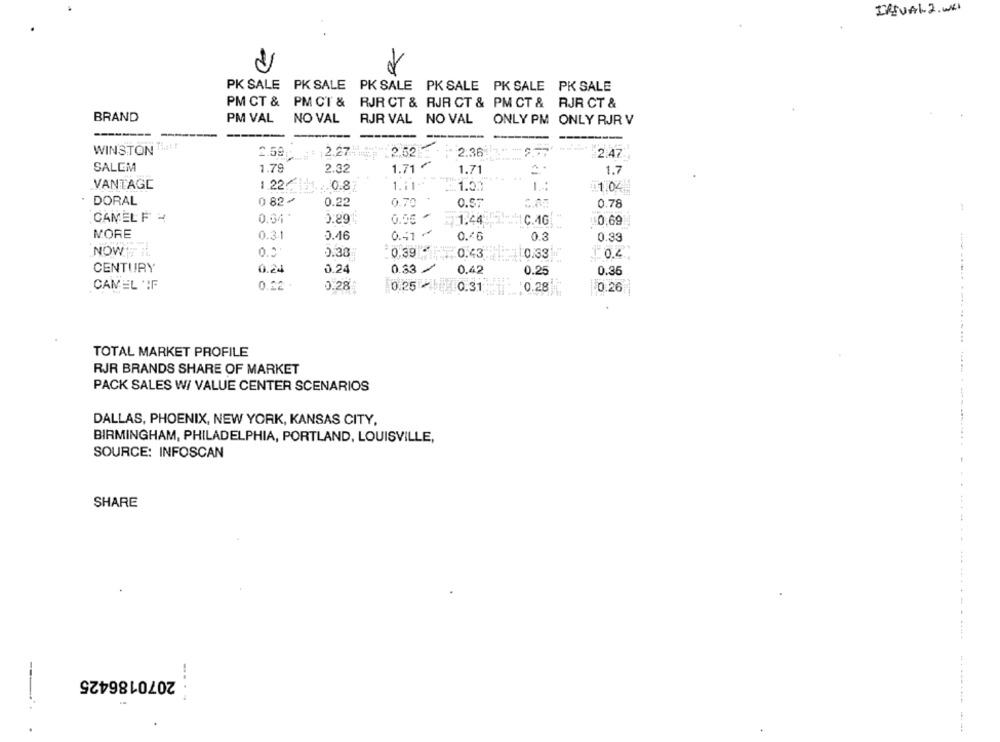
IRTUAL- 2.WHI
PK SALE PK SALE PK SALE PK SALE PK SALE PK SALE
PM CT & PM CT &
RJR CT & RJR CT & PM CT & RJR CT &
BRAND
NO VAL
PM VAL NO VAL RJR VAL NO VAL
ONLY PM ONLY RJR V
WINSTON That!
2.59
: 12.27
2.52
2:36
2.47
SALEM
1.79
2.32
1.71 ₾
1.71
1.7
... ..
VANTAGE
1.22~
.0.8
1.11+
1.21
1.02
0 82 -
. DORAL
0.22
0.70
0.57
0.78
CAMEL F =
0.29
0.55
1.44
C.46
$0.69
MORE
0.3.1
0.46
0.51
0.46
0.3
0.39
NOW
0.39
0.38
0.43
0.33|
CENTURY
0.24
0.24
0.33
0.42
0.25
0.36
CAMEL IF
0.22
0.28
0.25
0.31;
10.28
0.26
TOTAL MARKET PROFILE
RJR BRANDS SHARE OF MARKET
PACK SALES W/ VALUE CENTER SCENARIOS
DALLAS, PHOENIX, NEW YORK, KANSAS CITY,
BIRMINGHAM, PHILADELPHIA, PORTLAND, LOUISVILLE,
SOURCE: INFOSCAN
SHARE
2070186425
.....